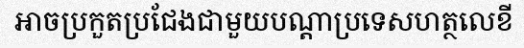
អាចប្រកួតប្រជែងជាមួយបណ្តាប្រទេសហត្ថលេខី